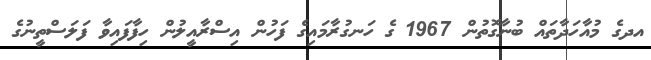
އދގެ މުއާހަދާތައް ބުނާގޮތުން 1967 ގެ ހަނގުރާމައިގެ ފަހުން އިސްރާއީލުން ހިފާފައިވާ ފަލަސްތީނުގެ